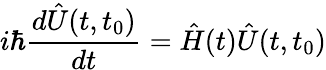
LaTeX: i\hbar\frac{d\hat{U}(t,t_{0})}{dt}=\hat{H}(t)\hat{U}(t,t_{0})